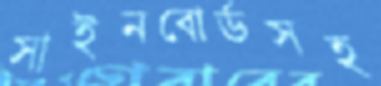
সাইনবোর্ডসহ